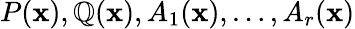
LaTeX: P(\mathbf{x}),\mathbb{Q}(\mathbf{x}),A_{1}(\mathbf{x}),\ldots,A_{r}(\mathbf{x})